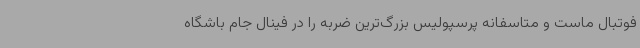
فوتبال ماست و متاسفانه پرسپولیس بزرگ‌ترین ضربه را در فینال جام باشگاه